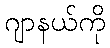
ဂျာနယ်ကို